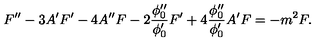
F ^ { \prime \prime } - 3 A ^ { \prime } F ^ { \prime } - 4 A ^ { \prime \prime } F - 2 \frac { \phi _ { 0 } ^ { \prime \prime } } { \phi _ { 0 } ^ { \prime } } F ^ { \prime } + 4 \frac { \phi _ { 0 } ^ { \prime \prime } } { \phi _ { 0 } ^ { \prime } } A ^ { \prime } F = - m ^ { 2 } F .